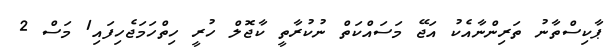
ޕާކިސްތާނު ތަރިންނާއެކު އަޖޭ މަސައްކަތް ނުކުރާތީ ކާޖޮލް ހުރީ ހިތްހަމަޖެހިފައި1 މަސް 2